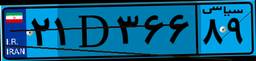
۰۶D۷۱۳۲۶